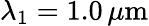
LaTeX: \lambda_{1}=1.0\, \mu\mathrm{m}